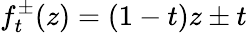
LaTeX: f_{t}^{\pm}(z)=(1-t)z\pm t